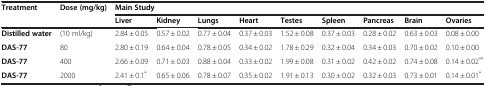
<table><thead><tr><td><b>Treatment</b></td><td><b>Dose (mg/kg)</b></td><td colspan="9"><b>Main Study</b></td></tr><tr><td>[EMPTY_CELL]</td><td>[EMPTY_CELL]</td><td><b>Liver</b></td><td><b>Kidney</b></td><td><b>Lungs</b></td><td><b>Heart</b></td><td><b>Testes</b></td><td><b>Spleen</b></td><td><b>Pancreas</b></td><td><b>Brain</b></td><td><b>Ovaries</b></td></tr></thead><tbody><tr><td><b>Distilled water</b></td><td>(10 ml/kg)</td><td>2.84 ± 0.05</td><td>0.57 ± 0.02</td><td>0.77 ± 0.04</td><td>0.37 ± 0.03</td><td>1.52 ± 0.08</td><td>0.37 ± 0.03</td><td>0.28 ± 0.02</td><td>0.63 ± 0.03</td><td>0.08 ± 0.00</td></tr><tr><td><b>DAS-77</b></td><td>80</td><td>2.80 ± 0.19</td><td>0.64 ± 0.04</td><td>0.78 ± 0.05</td><td>0.34 ± 0.02</td><td>1.78 ± 0.29</td><td>0.32 ± 0.04</td><td>0.34 ± 0.03</td><td>0.70 ± 0.02</td><td>0.10 ± 0.00</td></tr><tr><td><b>DAS-77</b></td><td>400</td><td>2.66 ± 0.09</td><td>0.71 ± 0.03</td><td>0.88 ± 0.04</td><td>0.33 ± 0.02</td><td>1.99 ± 0.08</td><td>0.31 ± 0.02</td><td>0.42 ± 0.02</td><td>0.74 ± 0.08</td><td>0.14 ± 0.02<sup>**</sup></td></tr><tr><td><b>DAS-77</b></td><td>2000</td><td>2.41 ± 0.1<sup>*</sup></td><td>0.65 ± 0.06</td><td>0.78 ± 0.07</td><td>0.35 ± 0.02</td><td>1.91 ± 0.13</td><td>0.30 ± 0.02</td><td>0.32 ± 0.03</td><td>0.73 ± 0.01</td><td>0.14 ± 0.01<sup>*</sup></td></tr></tbody></table>